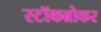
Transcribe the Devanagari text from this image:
स्‍टॉकब्रोकर